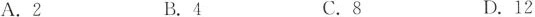
A.2 B.4 C.8 D.12